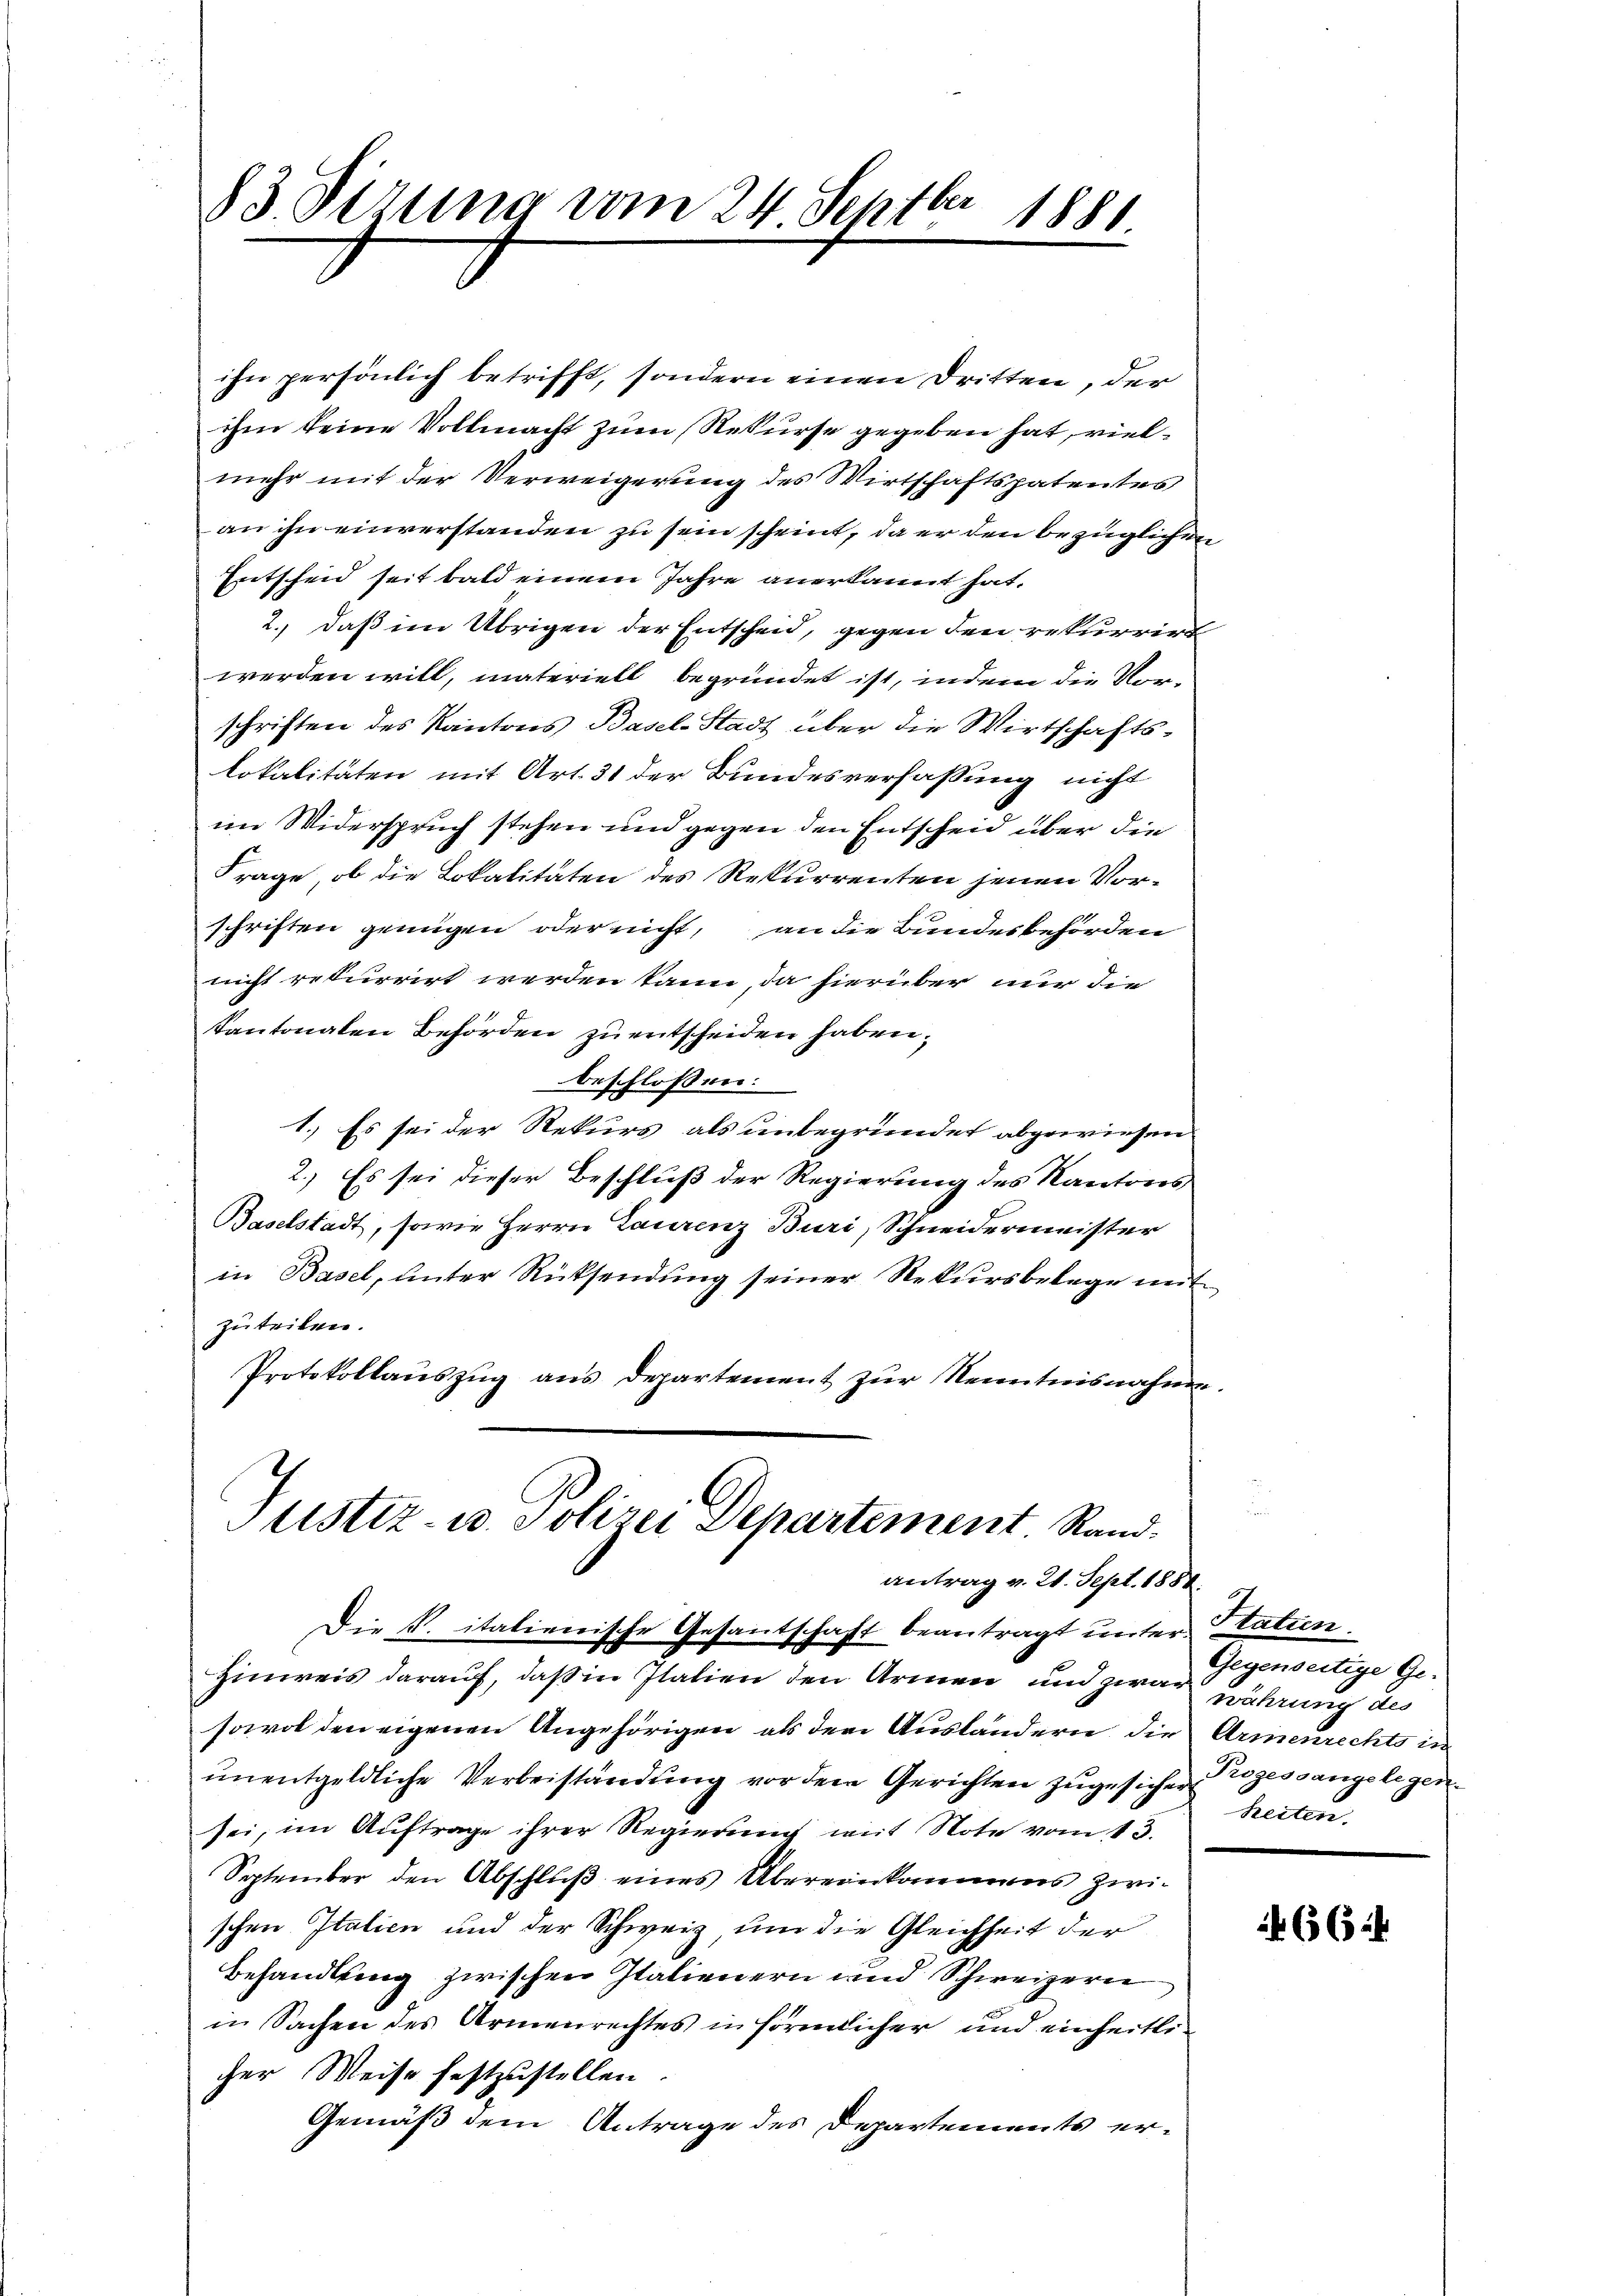
.
83. Sizung vom 24. Septbr 1881.
e

ihn persönlich betrifft, sondern einen Dritten, der
ihm keine Vollmacht zum Rekurse gegeben hat, vielmehr mit der Verweigerung des Wirtschaftspatentes
an ihn einverstanden zu sein scheint, da er den bezüglichen
Entscheid seit bald einem Jahre anerkannt hat.
2., daß im Übrigen der Entscheid, gegen den rekurrirt
werden will, materiell begründet ist, indem die Vor-
schriften des Kantons Basel-Stadt über die Wirtschafts-
lokalitäten mit Art. 31 der Bundesverfassung nicht
im Widerspruch stehen und gegen den Entscheid über die
Frage, ob die Lokalitäten des Rekurrenten jenen Vorschriften genügen oder nicht, an die Bundesbehörden
nicht rekurrirt werden kann, da hierüber nur die
Kantonalen Behörden zu entscheiden haben.
beschlossen:
1.) Es sei der Rekurs als unbegründet abgewiesen.
2.) Es sei dieser Beschluß der Regierung des Kantons
Baselstadt, sowie Herrn Laurenz Buri, Schneidermeister
in Basel, unter Rücksendung seiner Rekursbelege neitzuteilen.
Protokollauszug aus departement zur Kenntnisnahme.

Justiz- u. Polizei Departement. Rand.
antrag v. 21. Sept. 1884.

Die V. italienische Gesantschaft beantragt unter Statien.
Hinweis darauf, daß in Italien den Armen und zwar währung des
sowol den eigenen Angehörigen, als dem Ausländern die Armenrechts in
unentgeldliche Verbeiständung vor dem Gerichten zugesicher Prozessangelegensei, im Auftrage ihrer Regierung mit Note vom 13.
September den Abschlŭβ eines Übereinkommens zwi-
schen Italien und der Schweiz um die Gleichheit der
Behandlung zwischen Italienern und Schweizern
in Sachen des Armenrechtes in förmlicher und einheitlicher Weise festzustellen.
Gemäß dem Antrage des Departements er¬

Gegenseitige Ge-
heiten.

466.4